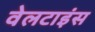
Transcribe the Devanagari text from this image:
वेलटाइंस